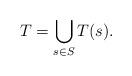
LaTeX: \begin{align*}T=\bigcup_{s\in S} T(s) .\end{align*}